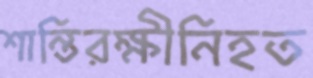
শান্তিরক্ষীনিহত